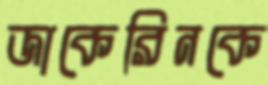
জাকেরিনকে